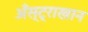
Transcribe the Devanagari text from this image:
अँस्ट्राखान